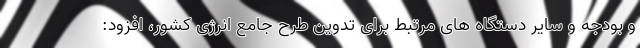
و بودجه و سایر دستگاه های مرتبط برای تدوین طرح جامع انرژی کشور، افزود: